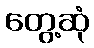
တွေ့ဆုံ